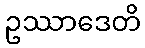
ဥဿာဒေတိ